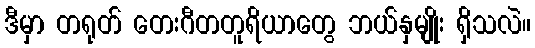
ဒီမှာ တရုတ် တေးဂီတတူရိယာတွေ ဘယ်နှမျိုး ရှိသလဲ။